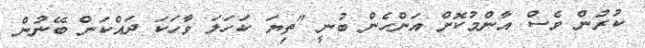
ކުރުން ވެސް އާންމުކޮށް އަންހެން ބުނީ "ތިޔަ ކަހަލަ ވާހަކަ ދައްކަން ބޭނުން